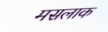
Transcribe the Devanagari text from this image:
मसलाक